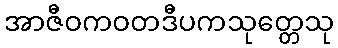
အာဇီဝကဝတဒီပကသုတ္တေသု